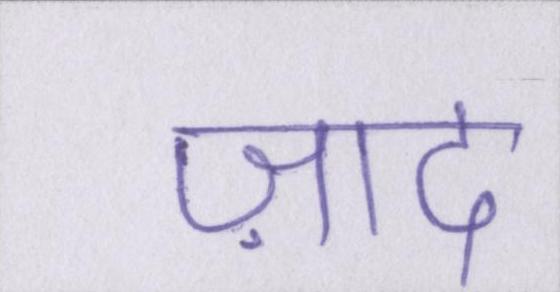
ज़ाद